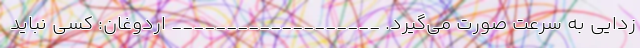
زدایی به سرعت صورت می‌گیرد. ___________________ اردوغان: کسی نباید